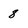
Character: 8